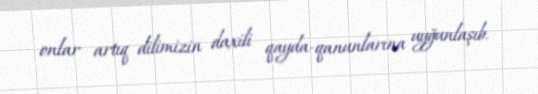
onlar artıq dilimizin daxili qayda-qanunlarına uyğunlaşıb.